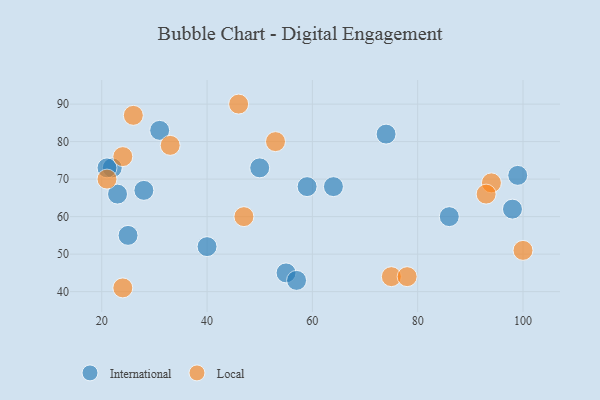
{"axis": {"x": "GDP", "y": "Life Expectancy"}, "legend": ["International", "Local"], "data": [{"x": "22", "y": 73, "type": "International"}, {"x": "40", "y": 52, "type": "International"}, {"x": "99", "y": 71, "type": "International"}, {"x": "23", "y": 66, "type": "International"}, {"x": "25", "y": 55, "type": "International"}, {"x": "86", "y": 60, "type": "International"}, {"x": "59", "y": 68, "type": "International"}, {"x": "64", "y": 68, "type": "International"}, {"x": "21", "y": 73, "type": "International"}, {"x": "98", "y": 62, "type": "International"}, {"x": "74", "y": 82, "type": "International"}, {"x": "55", "y": 45, "type": "International"}, {"x": "31", "y": 83, "type": "International"}, {"x": "57", "y": 43, "type": "International"}, {"x": "28", "y": 67, "type": "International"}, {"x": "50", "y": 73, "type": "International"}, {"x": "46", "y": 90, "type": "Local"}, {"x": "53", "y": 80, "type": "Local"}, {"x": "94", "y": 69, "type": "Local"}, {"x": "24", "y": 76, "type": "Local"}, {"x": "21", "y": 70, "type": "Local"}, {"x": "93", "y": 66, "type": "Local"}, {"x": "47", "y": 60, "type": "Local"}, {"x": "33", "y": 79, "type": "Local"}, {"x": "24", "y": 41, "type": "Local"}, {"x": "75", "y": 44, "type": "Local"}, {"x": "26", "y": 87, "type": "Local"}, {"x": "78", "y": 44, "type": "Local"}, {"x": "100", "y": 51, "type": "Local"}]}